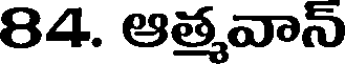
84. ఆత్మవాన్